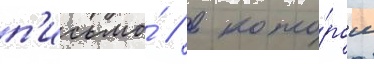
п'исьмо́ / в кото́ром